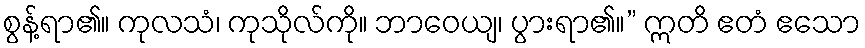
စွန့်ရာ၏။ ကုလသံ၊ ကုသိုလ်ကို။ ဘာဝေယျ၊ ပွားရာ၏။” ဣတိ ဧတံ ဧသော